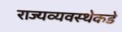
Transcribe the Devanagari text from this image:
राज्यव्यवस्थेकडे